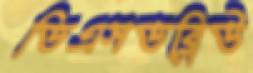
ডিএসডব্লিউ